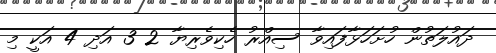
ދައުލަތުން ހުށަހަޅާފައިވާ ސިއްރު ހެކިވެރިޔާ 2 3 އަދި 4 އަކީ މި